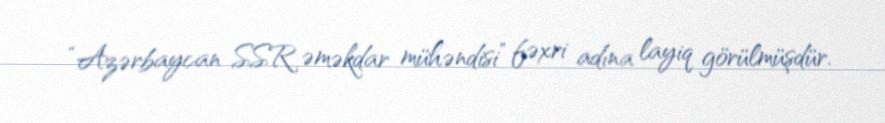
“Azərbaycan SSR əməkdar mühəndisi” fəxri adına layiq görülmüşdür.